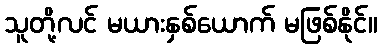
သူတို့လင် မယားနှစ်ယောက် မဖြစ်နိုင်။